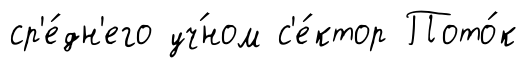
ср'е́дн'его уч́ном с'е́ктор Пото́к